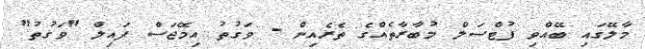
މާލޭގައި ބޭއްވި ފުޓްސަލް މުބާރާތެއްގެ ތެރެއިން - ވަގުތު އިމޭޖަސް ފައިލް "ވަގުތު"